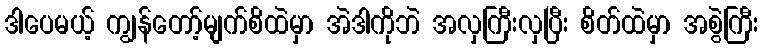
ဒါပေမယ့် ကျွန်တော့်မျက်စိထဲမှာ အဲဒါကိုဘဲ အလှကြီးလှပြီး စိတ်ထဲမှာ အစွဲကြီး